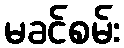
မခင်စမ်း